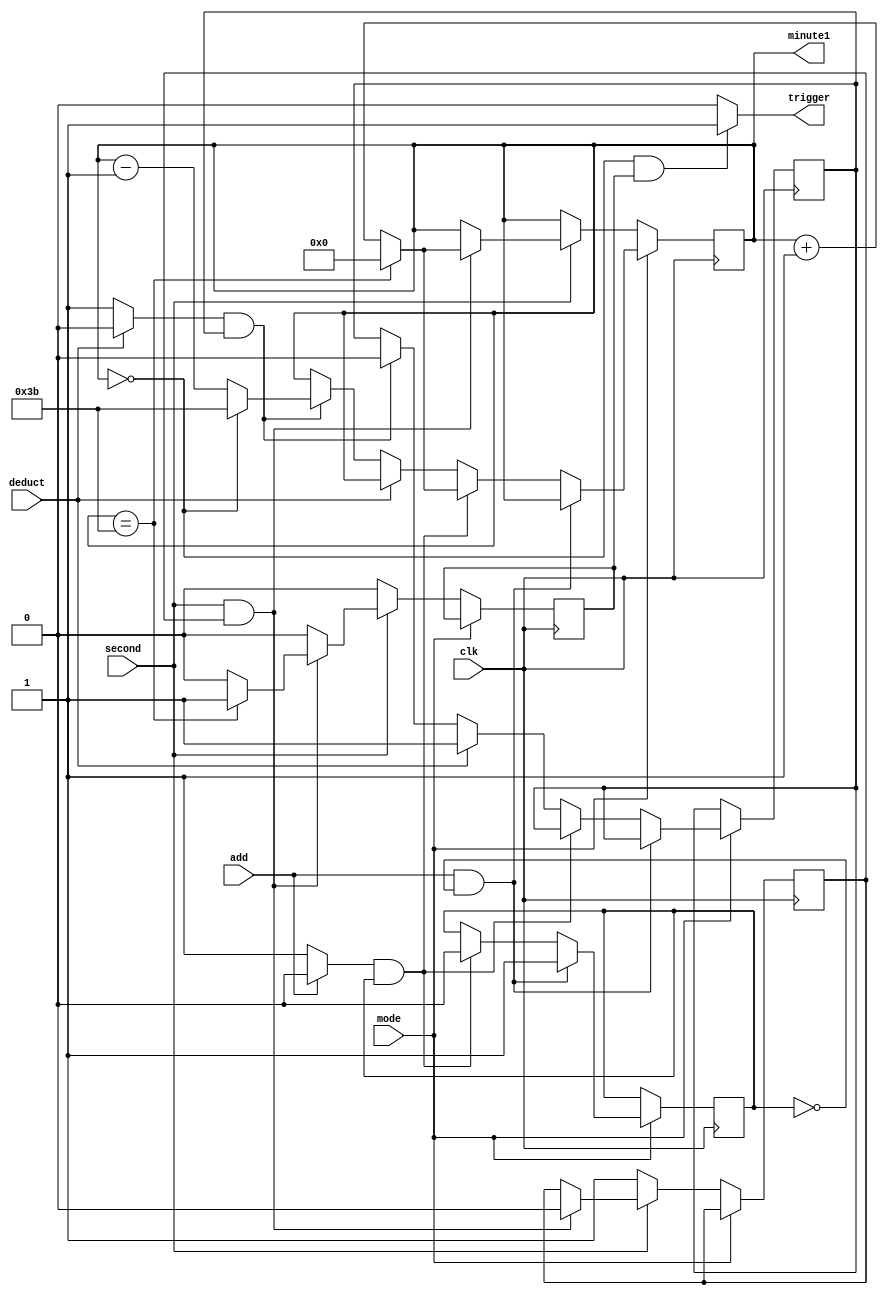
module minute_counter_ver2(clk,second,/*switch*/mode,add,deduct,minute1/*seg*/,trigger);

input clk,add,deduct,mode;//switch;
input second;
//output [13:0]seg;
output trigger;
output [5:0]minute1;
wire edge_out;
reg [5:0]minute=0;   
wire [7:0] bcd; 
reg en=0; //mode=0;
reg e3;
reg start,e;
//reg delay;

//reg[4:0] count;

reg start2,e2;


initial begin
start=0;
//delay=0;
e3=0;
e=0;
start2=0;
e2=0;
//count =0;
end



assign trigger=(minute==0&&e3==1)?1:0;



/*always @(posedge switch)
mode=~mode;*/



always @(add)
begin
if(add==0)  start=1; 
else start=0;
end


always @(deduct)
begin
if(deduct==0) start2=1;
else  start2=0;
end


/*always@(posedge clk)
if(delay==1)
 begin
  if(count==0)count<=20;
  else count<=count-1;
 end
 else count<=0;*/



//debounce uut1(clk_50,reset,edge_out);




always @(posedge clk)
begin
	
    if(mode==0)
	 begin
     e3<=0;
     if(second!=1)en<=1;

     else if(second==1&&en)
     begin
     en<=0;
	  
     if(minute==59) begin minute<=0; e3<=1; end else minute<=minute+1;
  
     end
	  
	 end 


 /*else if(mode==0)
 
      if(minute==59)minute<=0;else minute<=minute+1;	*/
		
  else if(start==0&&e==0)e<=1;
  
  else if(start==1&&e)
  
        begin
		  
		  	e	<=	0;  
	   	if(minute==59)minute<=0;
	 	
	   	else minute<=minute+1;
		  
		  
		 
		  end
		
	else if(start2==0)e2<=1;

   else if(start2==1&&e2)
	
	     begin
		  
		   	e2	<=	0;  
	   	if(minute==0)minute<=59;
	 	
	   	else minute<=minute-1;
		  
		  
		 
		  end
		   
		  
		  
		  
		  
		  
		  end
		
   
	
	
	 
	 
	 
	
	 
        

assign minute1=minute;	 






/*bin_to_bcd3 uut(minute,bcd);

led7_decoder hex0(bcd[3:0],seg[6:0]);

led7_decoder hex1(bcd[7:4],seg[13:7]);*/

 
 



endmodule